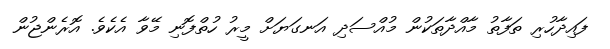
ފައިދާހުރި ތަފާތު މާއްދާތަކުން މުއްސަދި އަނގަޔަށް މީރު ހުތްފޮނި މޭވާ އެކެވެ. އޮރެންޖުން